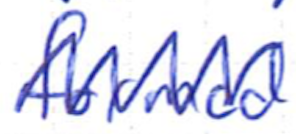
Text: formed
Cross-out: zig-zag
Writing tool: ballpoint